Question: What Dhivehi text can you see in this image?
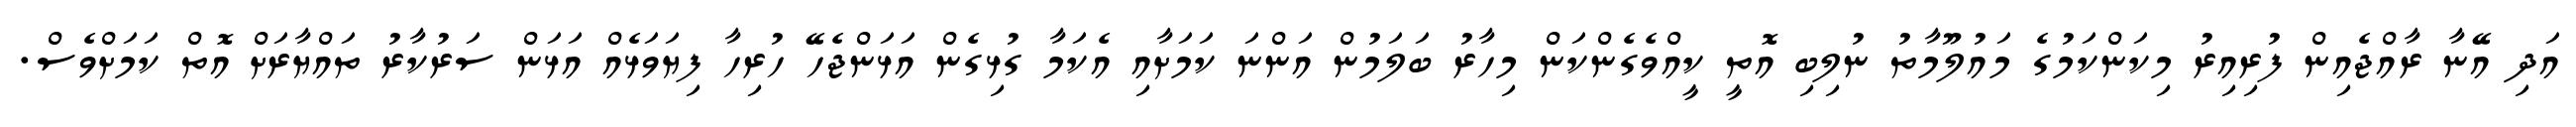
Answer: އަދި އޭނާ ރާއްޖެއިން ފުރިއިރު މިކަންކަމުގެ މައުލޫމާތު ނުލިބި އޮތީ ކީއްވެގެންކަން މިހާރު ބަލަމުން އަންނަ ކަމަށާއި އެކަމާ ގުޅިގެން އަޅަންޖެހޭ ހުރިހާ ފިޔަވަޅެއް އަޅަން ސަރުކާރު ތައްޔާރަށް އޮތް ކަމަށްވެސް.